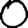
Digit: 0